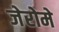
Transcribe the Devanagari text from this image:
जेरोमे